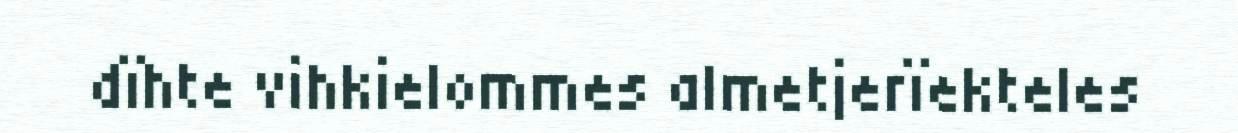
dïhte vihkielommes almetjerïekteles